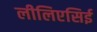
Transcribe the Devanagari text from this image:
लीलिएसिई